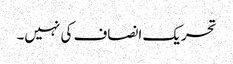
تحریک انصاف کی نہیں۔